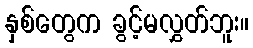
နှစ်တွေက ခွင့်မလွှတ်ဘူး။